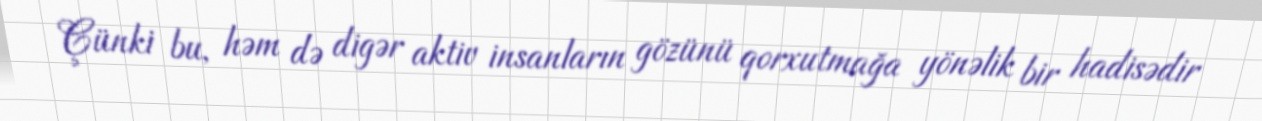
Çünki bu, həm də digər aktiv insanların gözünü qorxutmağa yönəlik bir hadisədir